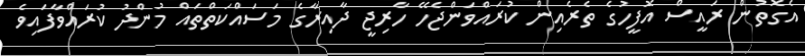
އެގޮތުން ރައީސް އޮފީހުގެ ތެރެއިން ކުރައްވަންޖެހޭ ހާރިޖީ ދާއިރާގެ މަސައްކަތްތައް މުންދު ކުރައްވާފައިވެ